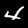
Digit: 4